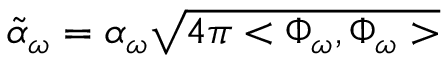
\tilde { \alpha } _ { \omega } = \alpha _ { \omega } \sqrt { 4 \pi < \Phi _ { \omega } , \Phi _ { \omega } > }